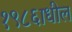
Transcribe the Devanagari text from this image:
१९८६ाधील